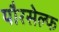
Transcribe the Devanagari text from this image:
यौरसेल्फ